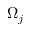
\Omega _ { j }